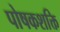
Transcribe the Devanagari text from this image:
पोषकशक्ति